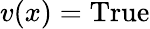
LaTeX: v(x)={\mathrm{True}}